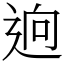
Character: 逈